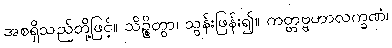
အစရှိသည်တို့ဖြင့်။ သိဉ္စိတွာ၊ သွန်းဖြန်း၍။ ကတ္တဗ္ဗဟာလက္ခဏံ၊